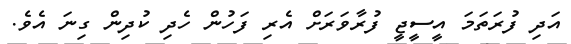
އަދި ފުރަތަމަ އީސީޖީ ފުރާވަރަށް އެރި ފަހުން ހެދި ކުދިން ގިނަ އެވެ.